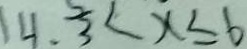
1 4 . 3 < x \leq 6